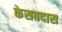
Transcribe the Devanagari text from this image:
केसबदास